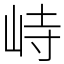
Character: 峙